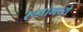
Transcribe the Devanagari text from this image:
रूपांमध्ये